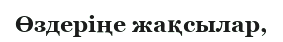
Өздеріңе жақсылар,